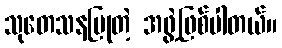
သုတေသနပြုတဲ့ အဖွဲ့ဖြစ်ပါတယ်။